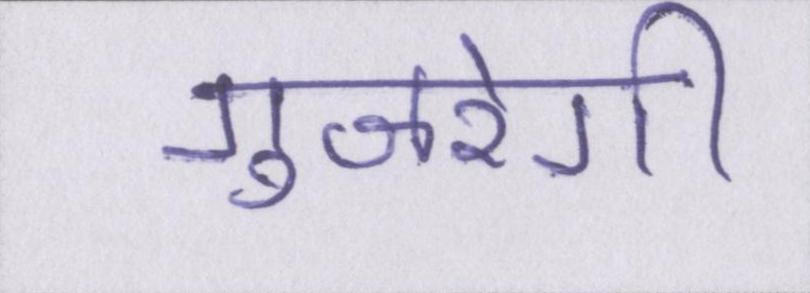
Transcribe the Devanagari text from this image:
गुजरेगी